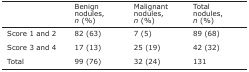
|  | Benign nodules, n (%) | Malignant nodules, n (%) | Total nodules, n (%) |
 | --- | --- | --- | --- |
 | Score 1 and 2 | 82 (63) | 7 (5) | 89 (68) |
 | Score 3 and 4 | 17 (13) | 25 (19) | 42 (32) |
 | Total | 99 (76) | 32 (24) | 131 |